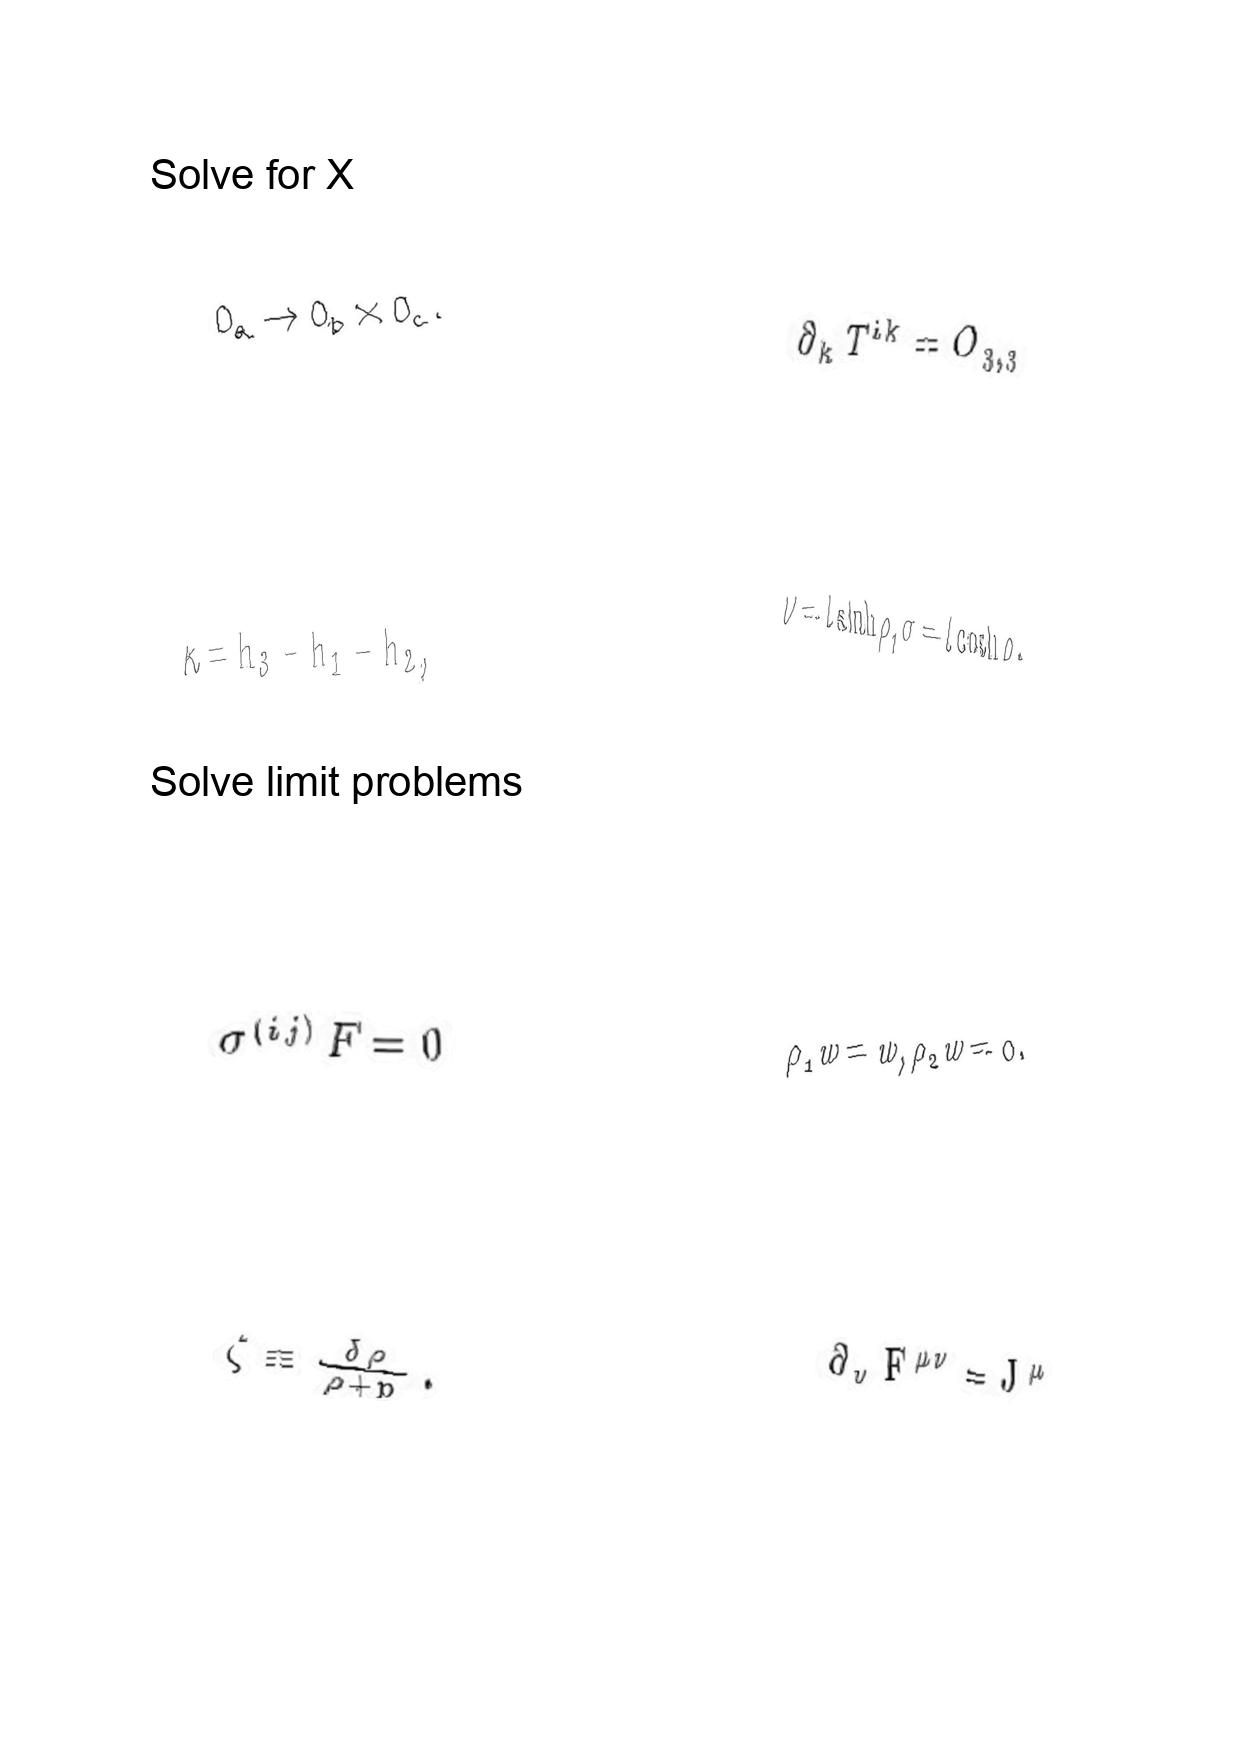
LaTeX transcription:
O _ { a } \rightarrow O _ { b } \times O _ { c } .
\kappa = h _ { 3 } - h _ { 1 } - h _ { 2 } ,
\sigma ^ { \lparen i j \rparen } F = 0
\zeta \equiv \frac { \delta \rho } { \rho + p } .
\partial _ { k } T ^ { i k } = O _ { 3 , 3 }
\nu = l \sinh \rho , \sigma = l \cosh \rho .
\rho _ { 1 } w = w , \rho _ { 2 } w = 0 .
\partial _ { \nu } F ^ { \mu \nu } = J ^ { \mu }